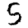
Digit: 5